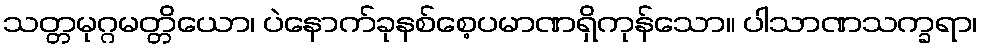
သတ္တမုဂ္ဂမတ္တိယော၊ ပဲနောက်ခုနစ်စေ့ပမာဏရှိကုန်သော။ ပါသာဏသက္ခရာ၊